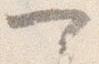
可